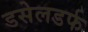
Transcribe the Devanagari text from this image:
डसेलडर्फ